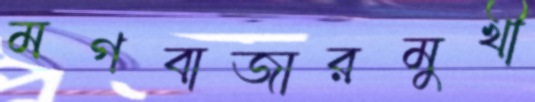
মগবাজারমুখী